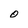
Character: O